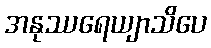
အနုဿရေယျာသိပေ